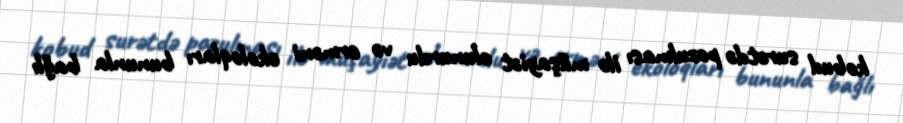
kobud surətdə pozulması ilə müşayiət olunurdu və erməni ekoloqları bununla bağlı